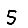
Digit: 5